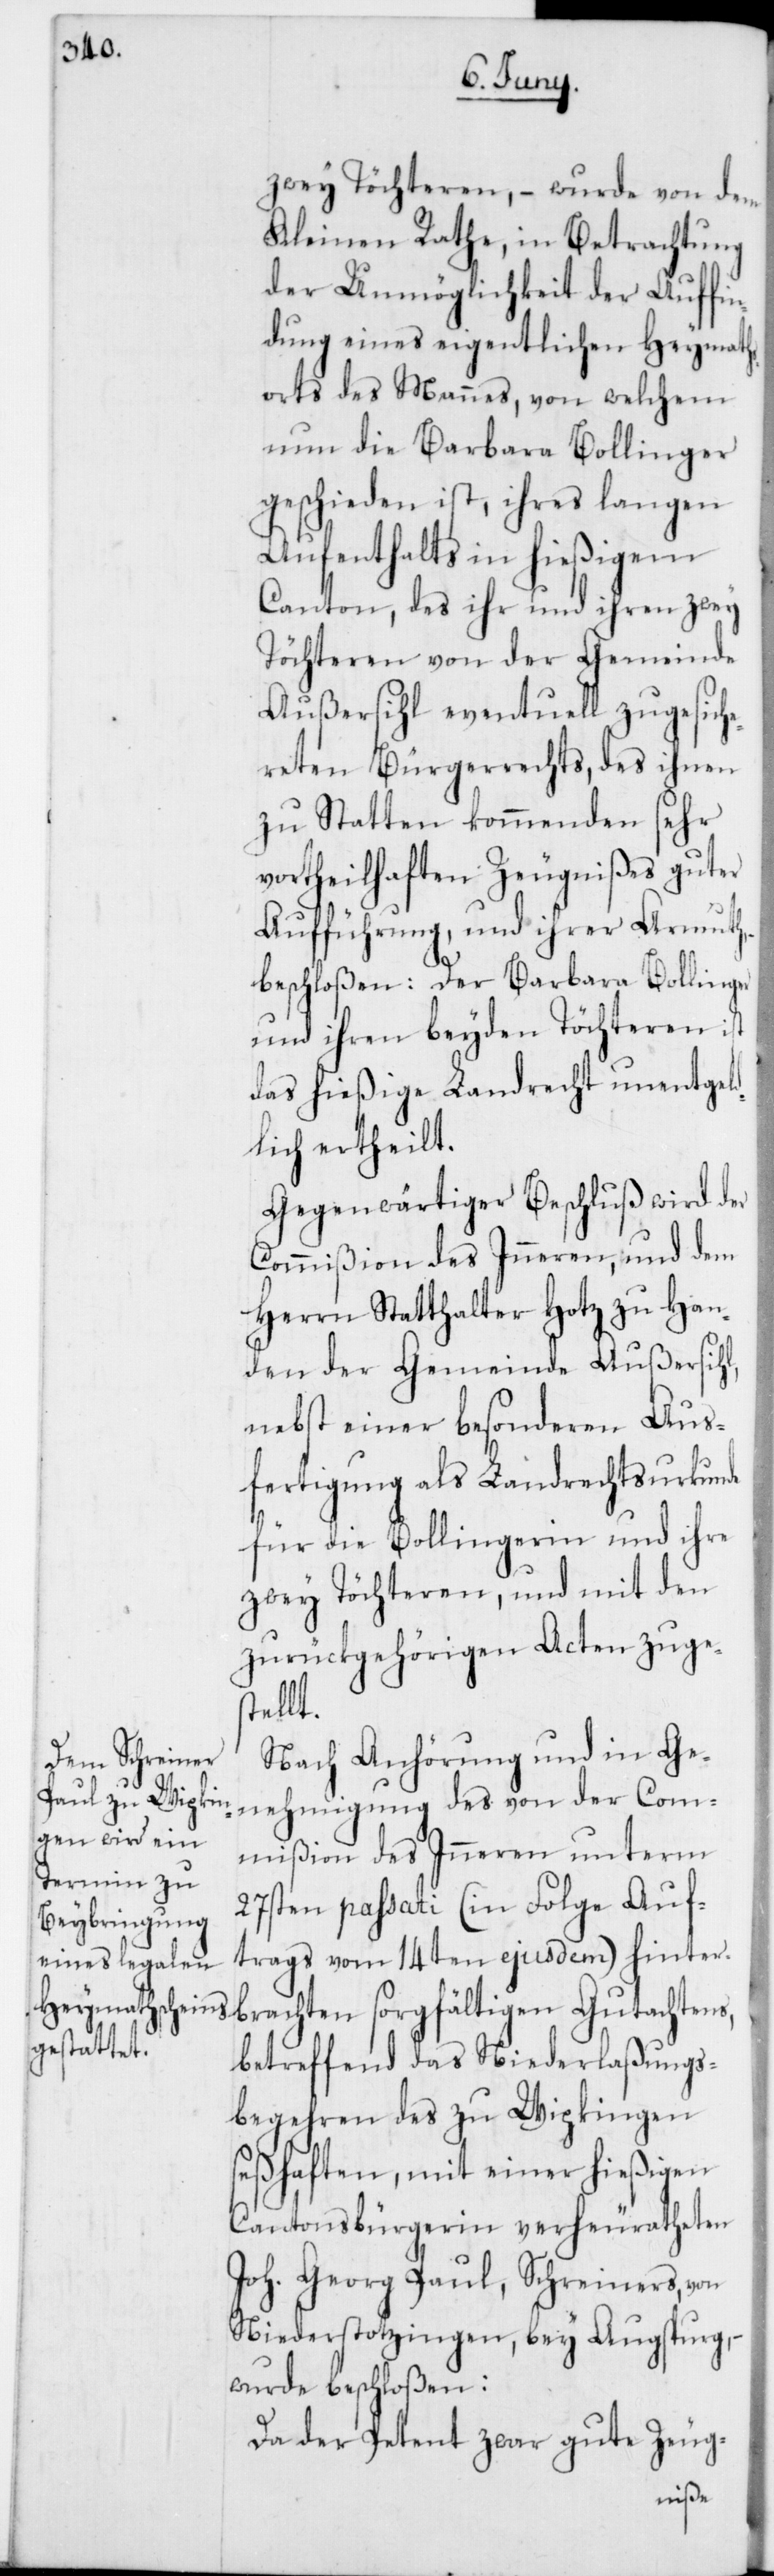
zwey Töchteren, – wurde von dem
Kleinen Rathe, in Betrachtung
der Unmöglichkeit der Auffin¬
dung eines eigentlichen Heymath¬
sorts des Mannes, von welchem
nun die Barbara Bollinger
geschieden ist, ihres langen
Aufenthalts in hießigem
Canton, des ihr und ihren zwey
Töchteren von der Gemeinde
Außersihl eventuell zugesich¬
ereten Bürgerrechts, des ihnen
zu Statten kommenden sehr
vortheilhaften Zeugnißes guter
Aufführung, und ihrer Armuth,
beschloßen: Der Barbara Bollinger
und ihren beyden Töchteren ist
das hießige Landrecht unentgel¬
dlich ertheilt.
Gegenwärtiger Beschluß wird der
Commißion des Inneren, und dem
Herrn Statthalter Hotz zu Han¬
den der Gemeinde Außersihl,
nebst einer besonderen Aus¬
fertigung als Landrechtsurkunde
für die Bollingerin und ihre
zwey Töchteren, und mit den
zurückgehörigen Acten zuge¬
stellt.
Nach Anhörung und in Ge¬
nehmigung des von der Com¬
mißion des Inneren unterm
27sten passati (in Folge Auf¬
trags vom 14ten ejusdem) hinter¬
brachten sorgfältigen Gutachtens,
betreffend das Niederlaßungs¬
begehren des zu Wipkingen
seßhaften, mit einer hießigen
Cantonsbürgerin verheuratheten
Joh. Georg Paul, Schreiners, von
Niederstotzingen, bey Augsburg,
wurde beschloßen:
Da der Petent zwar gute Zeug-